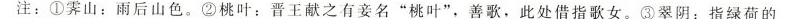
注：①霁山：雨后山色。②桃叶：晋王献之有妾名”桃叶”，善歌，此处借指歌女。③翠阴：指绿荷的